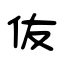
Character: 伖